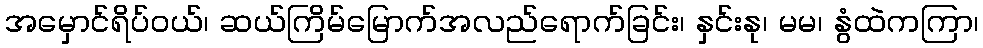
အမှောင်ရိပ်ဝယ်၊ ဆယ်ကြိမ်မြောက်အလည်ရောက်ခြင်း၊ နှင်းနု၊ မမ၊ နွံထဲကကြာ၊